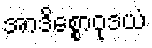
အာဒိစ္စောဝုဒယံ